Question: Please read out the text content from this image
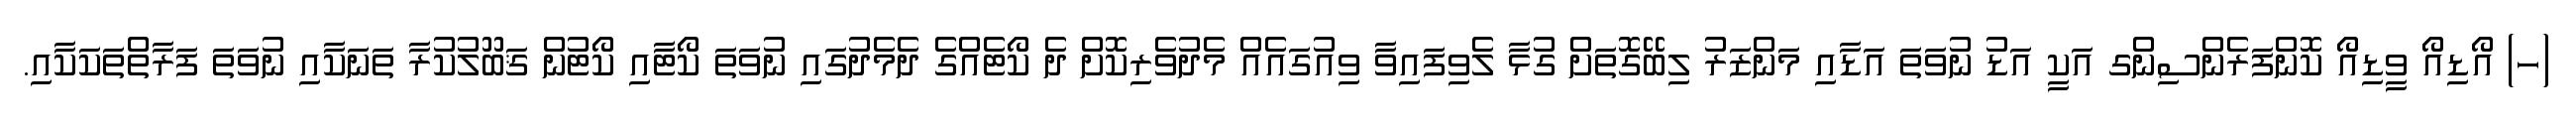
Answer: (ހ) އޯޑިއޯ ވީޑިއޯ ކޮންފަރެންސިންގ އަކީ އަޑު ނުވަތަ އަޑާއި މަންޒަރު ލިބޭގޮތަށް ގުޅާ ލެވިފައިވާ ވިއުގައެއް މެދުވެރިކޮށް ދެ ކޯޓެއްގެ ދެމެދުގައި ނުވަތަ ކޯޓާއި ކޯޓުން ޤަބޫލުކުރާ ތަނަކާއި ނުވަތަ ފަރާތްތަކަކާއި.